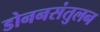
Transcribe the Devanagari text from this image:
डोननसंतुलन